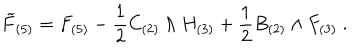
{ \tilde { F } } _ { ( 5 ) } = F _ { ( 5 ) } - { \frac { 1 } { 2 } } C _ { ( 2 ) } \wedge H _ { ( 3 ) } + { \frac { 1 } { 2 } } B _ { ( 2 ) } \wedge F _ { ( 3 ) } \ .